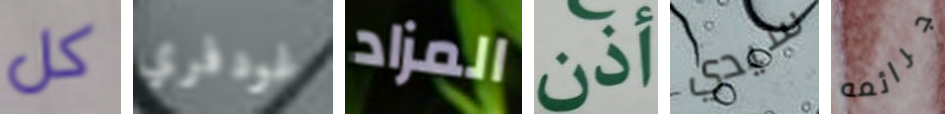
كل غودفري المزاد أذن سيدي جرائمه